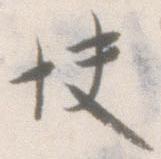
快